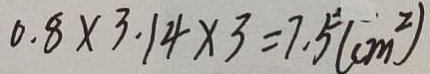
0 . 8 \times 3 . 1 4 \times 3 = 7 . 5 ( c m ^ { 2 } )